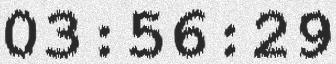
03:56:29